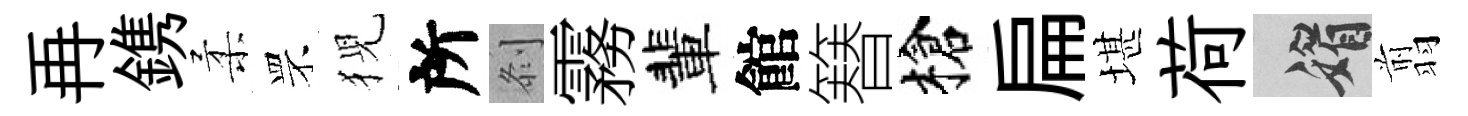
再鎸柔罘猊所𠛴霧輩館簮槍扁堪荷媚翦